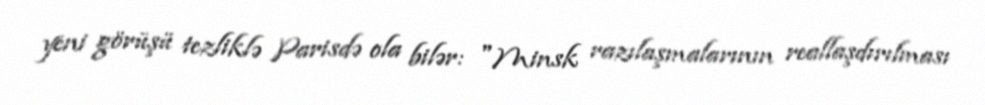
yeni görüşü tezliklə Parisdə ola bilər: "Minsk razılaşmalarının reallaşdırılması